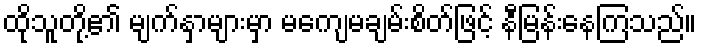
ထိုသူတို့၏ မျက်နှာများမှာ မကျေမချမ်းစိတ်ဖြင့် နီမြန်းနေကြသည်။